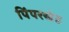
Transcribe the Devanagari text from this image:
पिंपरखेड